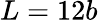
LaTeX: L=12b